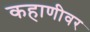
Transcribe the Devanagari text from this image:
कहाणीवर